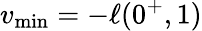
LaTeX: v_{\operatorname*{min}}=-\ell(0^{+},1)